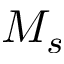
M _ { s }